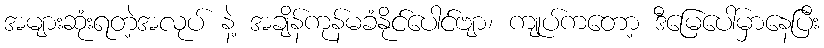
အများဆုံးရတဲ့အလုပ် နဲ့ အချိန်ကုန်မခံနိုင်ပေါင်ဗျာ၊ ကျုပ်ကတော့ ဒီမြေပေါ်မှာနေပြီး